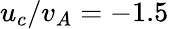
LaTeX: u_{c}/v_{A}=-1.5